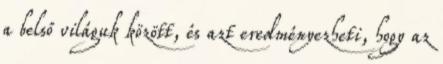
a belső világuk között, és azt eredményezheti, hogy az